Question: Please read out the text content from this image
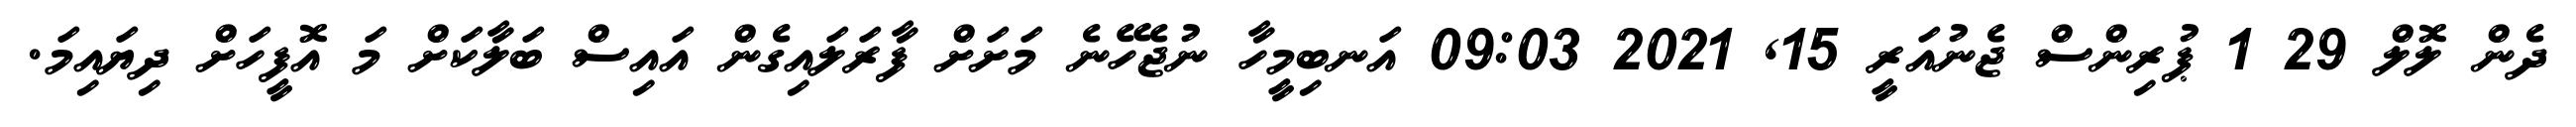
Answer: ދެން ލޮލް 29 1 ޕުރިންސް ޖެނުއަރީ 15, 2021 09:03 އަނބިމީހާ ނުޖެހޭނެ މަށަށް ފާރަލައިގެން އައިސް ބަލާކަށް މަ އޮފީހަށް ދިޔައިމަ.